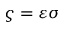
\varsigma = \varepsilon \sigma